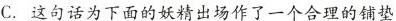
C. 这句话为下面的妖精出场作了一个合理的铺垫